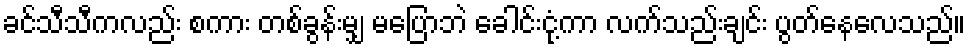
ခင်သီသီကလည်း စကား တစ်ခွန်းမျှ မပြောဘဲ ခေါင်းငုံ့ကာ လက်သည်းချင်း ပွတ်နေလေသည်။